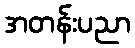
အတန်းပညာ